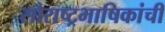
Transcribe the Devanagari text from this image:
सौराष्ट्रभाषिकांची